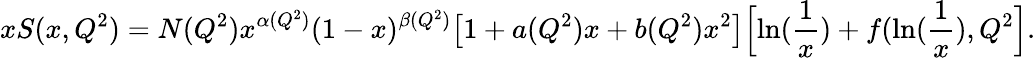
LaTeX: xS(x,Q^{2})=N(Q^{2})x^{\alpha(Q^{2})}(1-x)^{\beta(Q^{2})}\bigl[1+a(Q^{2})x+b(Q^{2})x^{2}\bigr]\Bigl[\ln({\frac{1}{x}})+f(\ln({\frac{1}{x}}),Q^{2}\Bigr].